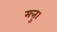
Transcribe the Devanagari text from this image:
मत्तु।